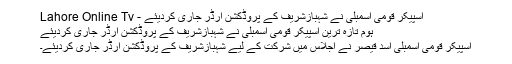
اسپیکر قومی اسمبلی نے شہبازشریف کے پروڈکشن آرڈر جاری کردیئے - Lahore Online Tv
ہوم تازہ ترین اسپیکر قومی اسمبلی نے شہبازشریف کے پروڈکشن آرڈر جاری کردیئے
اسپیکر قومی اسمبلی اسد قیصر نے اجلاس میں شرکت کے لیے شہبازشریف کے پروڈکشن آرڈر جاری کردیئے۔